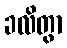
ခလိတွာ